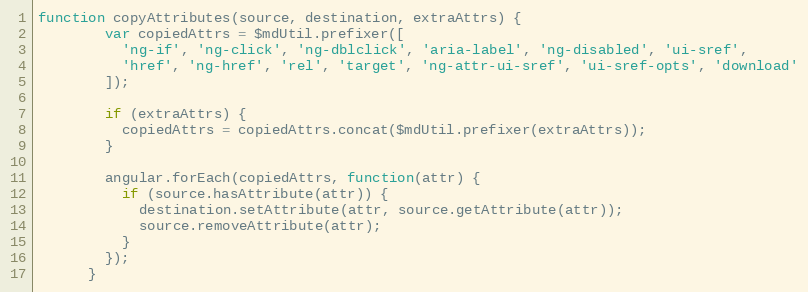
Language: JavaScript
function copyAttributes(source, destination, extraAttrs) {
        var copiedAttrs = $mdUtil.prefixer([
          'ng-if', 'ng-click', 'ng-dblclick', 'aria-label', 'ng-disabled', 'ui-sref',
          'href', 'ng-href', 'rel', 'target', 'ng-attr-ui-sref', 'ui-sref-opts', 'download'
        ]);

        if (extraAttrs) {
          copiedAttrs = copiedAttrs.concat($mdUtil.prefixer(extraAttrs));
        }

        angular.forEach(copiedAttrs, function(attr) {
          if (source.hasAttribute(attr)) {
            destination.setAttribute(attr, source.getAttribute(attr));
            source.removeAttribute(attr);
          }
        });
      }